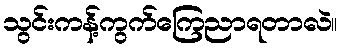
သွင်းကန့်ကွက်ကြေညာရတာလဲ။